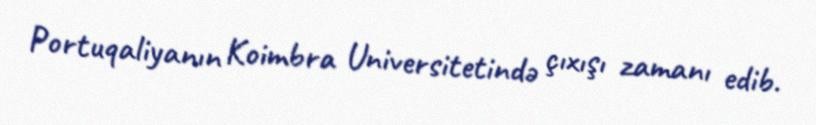
Portuqaliyanın Koimbra Universitetində çıxışı zamanı edib.